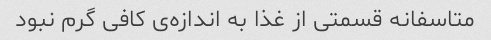
متاسفانه قسمتی از غذا به اندازه‌ی کافی گرم نبود